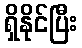
ရှိနိုင်ပြီး